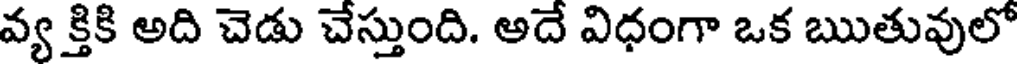
వ్య క్తికి అది చెడు చేస్తుంది. అదే విధంగా ఒక ఋతువులో